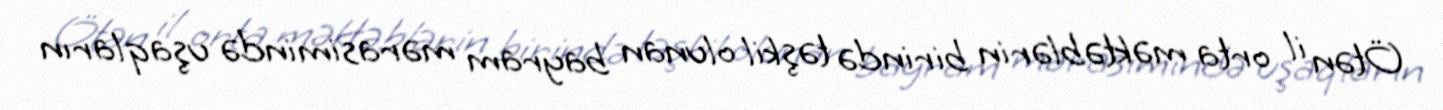
Ötən il orta məktəblərin birində təşkil olunan bayram mərasimində uşaqların